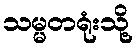
သမ္မတရုံးသို့